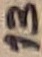
Text: 13